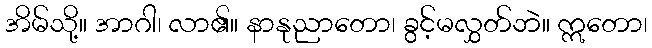
အိမ်သို့။ အာဂါ၊ လာ၏။ နာနုညာတော၊ ခွင့်မလွှတ်ဘဲ။ ဣတော၊